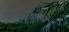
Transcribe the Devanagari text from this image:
बोटमध्ये